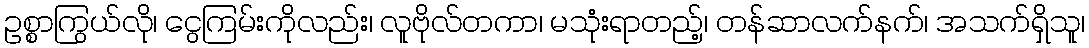
ဥစ္စာကြွယ်လို၊ ငွေကြမ်းကိုလည်း၊ လူဗိုလ်တကာ၊ မသုံးရာတည့်၊ တန်ဆာလက်နက်၊ အသက်ရှိသူ၊